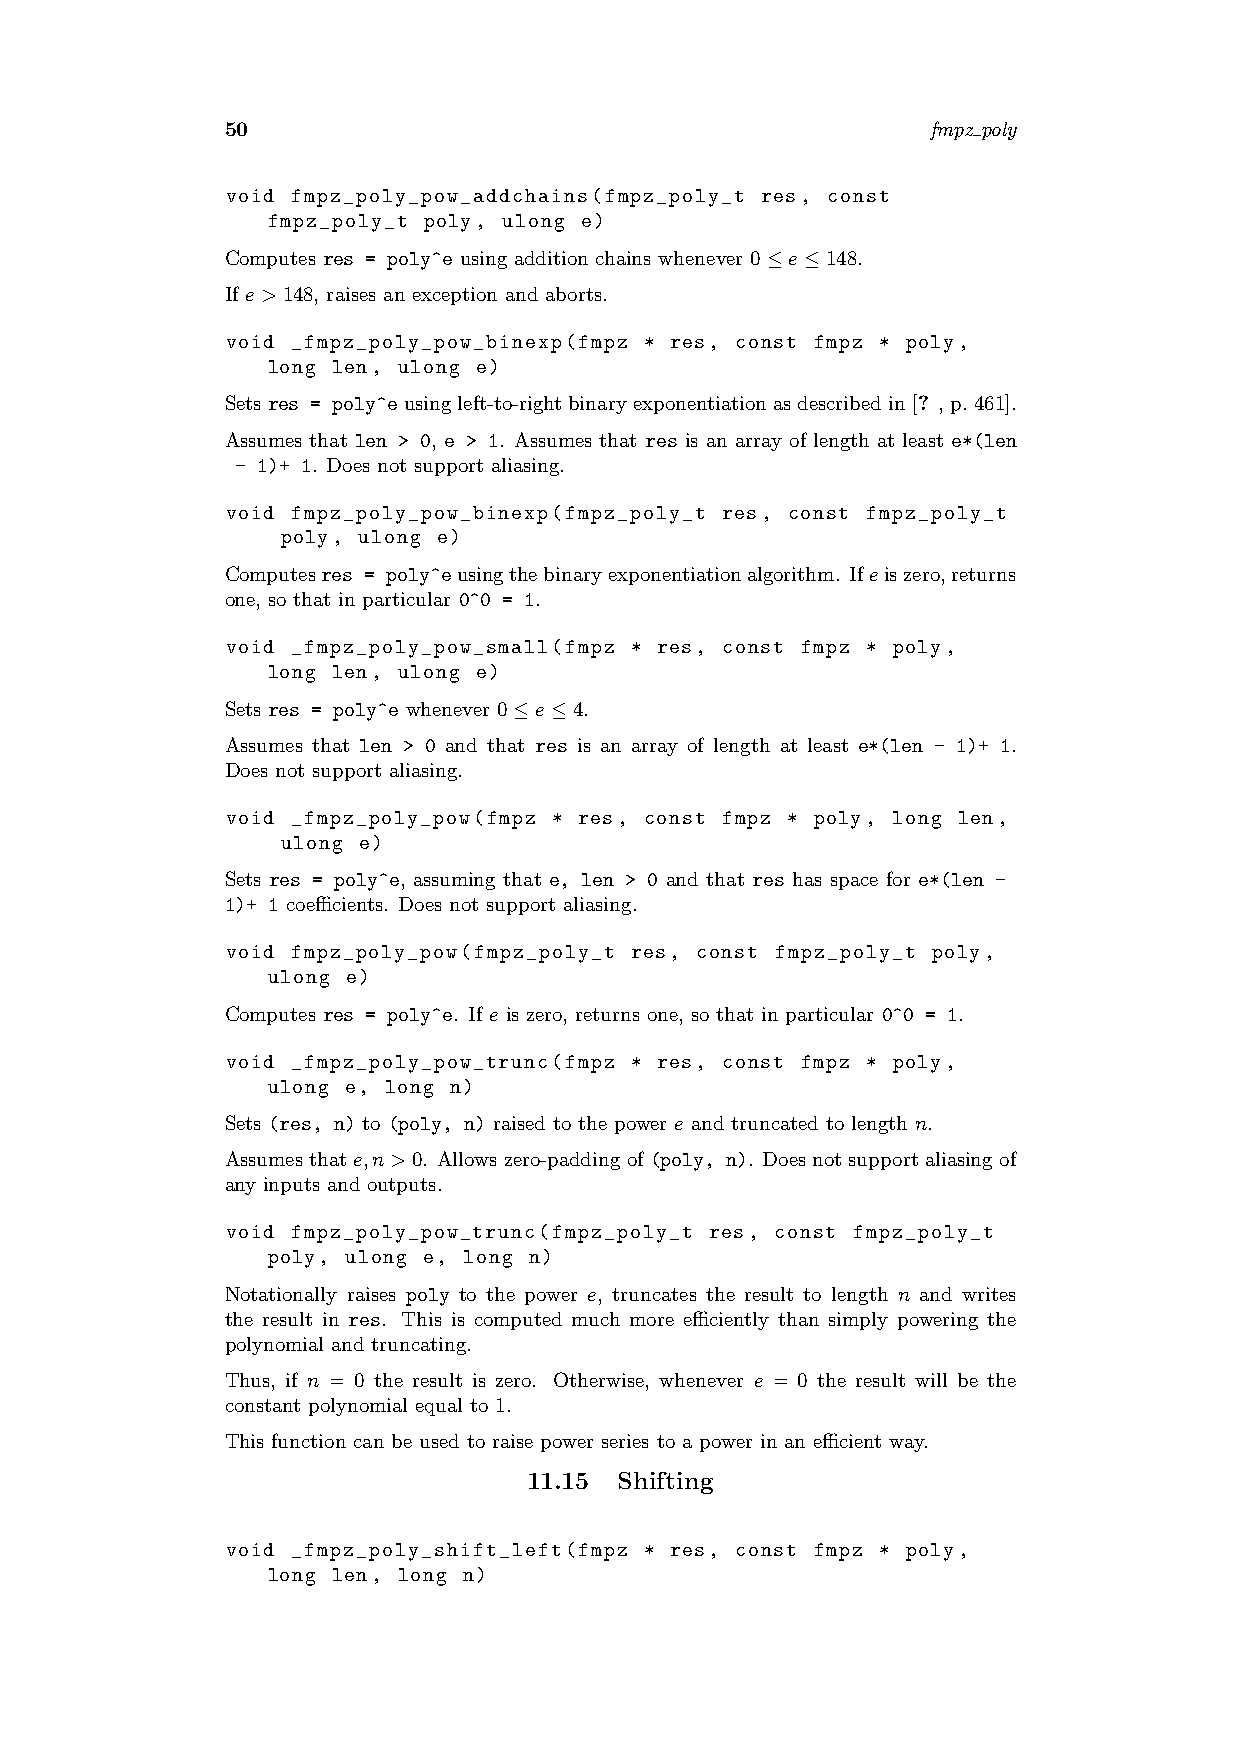
50                                             fmpz poly
 void fmpz_poly_pow_addchains(fmpz_poly_t res, const
 fmpz_poly_t poly, ulong e)
 Computes res = poly^e using addition chains whenever 0≤e≤148.
 If e>148, raises an exception and aborts.
 void _fmpz_poly_pow_binexp(fmpz * res, const fmpz * poly,
 long len, ulong e)
 Setsres = poly^eusingleft-to-rightbinaryexponentiationasdescribedin[? ,p.461].
 Assumes that len > 0, e > 1. Assumes that res is an array of length at least e*(len
 - 1)+ 1. Does not support aliasing.
 void fmpz_poly_pow_binexp(fmpz_poly_t res, const fmpz_poly_t
 poly, ulong e)
 Computesres = poly^eusingthebinaryexponentiationalgorithm. Ifeiszero,returns
 one, so that in particular 0^0 = 1.
 void _fmpz_poly_pow_small(fmpz * res, const fmpz * poly,
 long len, ulong e)
 Sets res = poly^e whenever 0≤e≤4.
 Assumes that len > 0 and that res is an array of length at least e*(len - 1)+ 1.
 Does not support aliasing.
 void _fmpz_poly_pow(fmpz * res, const fmpz * poly, long len,
 ulong e)
 Sets res = poly^e, assuming that e, len > 0 and that res has space for e*(len -
 1)+ 1 coefficients. Does not support aliasing.
 void fmpz_poly_pow(fmpz_poly_t res, const fmpz_poly_t poly,
 ulong e)
 Computes res = poly^e. If e is zero, returns one, so that in particular 0^0 = 1.
 void _fmpz_poly_pow_trunc(fmpz * res, const fmpz * poly,
 ulong e, long n)
 Sets (res, n) to (poly, n) raised to the power e and truncated to length n.
 Assumes that e,n>0. Allows zero-padding of (poly, n). Does not support aliasing of
 any inputs and outputs.
 void fmpz_poly_pow_trunc(fmpz_poly_t res, const fmpz_poly_t
 poly, ulong e, long n)
 Notationally raises poly to the power e, truncates the result to length n and writes
 the result in res. This is computed much more efficiently than simply powering the
 polynomial and truncating.
 Thus, if n = 0 the result is zero. Otherwise, whenever e = 0 the result will be the
 constant polynomial equal to 1.
 This function can be used to raise power series to a power in an efficient way.
 11.15 Shifting
 void _fmpz_poly_shift_left(fmpz * res, const fmpz * poly,
 long len, long n)